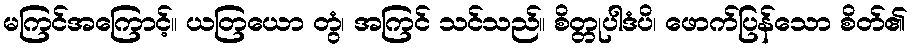
မကြင်အကြောင့်။ ယတြယော တွံ၊ အကြင် သင်သည်။ စိတ္တုပါဒံပိ၊ ဖောက်ပြန်သော စိတ်၏